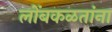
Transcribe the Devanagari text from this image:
लोंबकळतांना